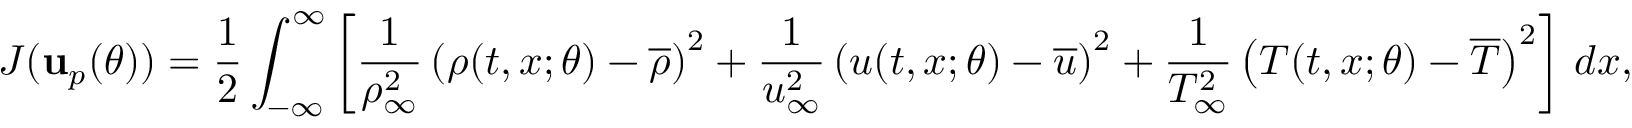
J ( \mathbf { u } _ { p } ( \theta ) ) = \frac { 1 } { 2 } \int _ { - \infty } ^ { \infty } \left[ \frac { 1 } { \rho _ { \infty } ^ { 2 } } \left( \rho ( t , x ; \theta ) - \overline { { \rho } } \right) ^ { 2 } + \frac { 1 } { u _ { \infty } ^ { 2 } } \left( u ( t , x ; \theta ) - \overline { { u } } \right) ^ { 2 } + \frac { 1 } { T _ { \infty } ^ { 2 } } \left( T ( t , x ; \theta ) - \overline { { T } } \right) ^ { 2 } \right] \, d x ,